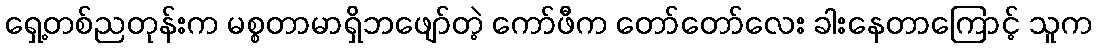
ရှေ့တစ်ညတုန်းက မစ္စတာမာရှိဘဖျော်တဲ့ ကော်ဖီက တော်တော်လေး ခါးနေတာကြောင့် သူက